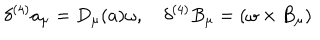
LaTeX: \delta ^ { ( 4 ) } a _ { \mu } = D _ { \mu } ( a ) \omega , \quad \delta ^ { ( 4 ) } B _ { \mu } = ( \omega \times B _ { \mu } )